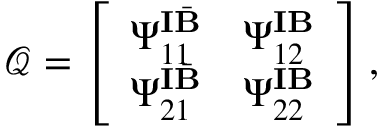
\mathcal { Q } = \left[ \begin{array} { l l } { \boldsymbol { \Psi } _ { { 1 1 } } ^ { \mathbf { I } \bar { \mathbf { B } } } } & { \boldsymbol { \Psi } _ { { 1 2 } } ^ { \mathbf { I } \mathbf { B } } } \\ { \boldsymbol { \Psi } _ { { 2 1 } } ^ { \mathbf { I } \bar { \mathbf { B } } } } & { \boldsymbol { \Psi } _ { { 2 2 } } ^ { \mathbf { I } \mathbf { B } } } \end{array} \right] ,